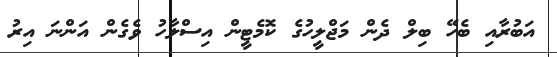
އަބުރާއި ބެހޭ ބިލް ދެން މަޖްލީހުގެ ކޮމެޓީން އިސްލާހު ވެގެން އަންނަ އިރު